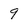
Character: 9